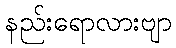
နည်းရောလားဗျာ